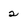
Character: 2